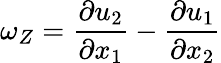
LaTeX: \omega_{Z}=\frac{\partial u_{2}}{\partial x_{1}}-\frac{\partial u_{1}}{\partial x_{2}}